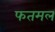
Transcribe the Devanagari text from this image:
फतमल